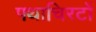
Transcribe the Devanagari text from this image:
पथाचिरटों